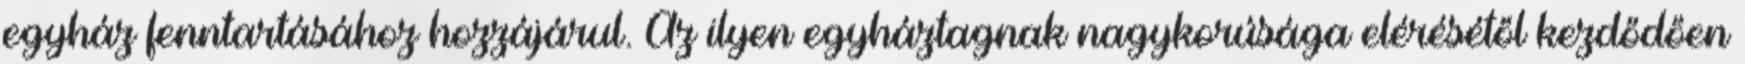
egyház fenntartásához hozzájárul. Az ilyen egyháztagnak nagykorúsága elérésétől kezdődően